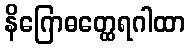
နိဂြောဓတ္ထေရဂါထာ